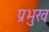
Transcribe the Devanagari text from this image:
प्रभुख